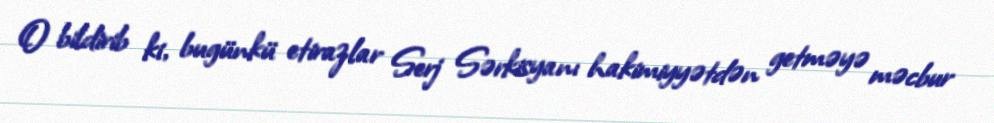
O bildirib ki, bugünkü etirazlar Serj Sərkisyanı hakimiyyətdən getməyə məcbur